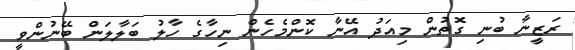
ރަޒީނާ ބުނި ގޮތުން މިއަދު އޭނާ ކޮންމެހެން ނިހާގެ ހާލު ބަލާލަން ބޭނުންވީ